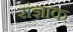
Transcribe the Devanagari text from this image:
संज्ञाक